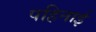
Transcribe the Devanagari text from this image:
पहिनाई